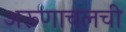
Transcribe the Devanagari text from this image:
अरूणाचलची